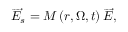
\overrightarrow { E } _ { s } = M \left( r , \Omega , t \right) \overrightarrow { E } ,